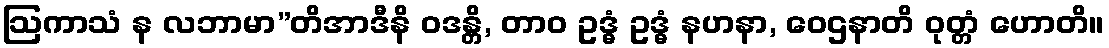
ဩကာသံ န လဘာမာ”တိအာဒီနိ ဝဒန္တိ, တာဝ ဥဒ္ဓံ ဥဒ္ဓံ နဟနာ, ဝေဌနာတိ ဝုတ္တံ ဟောတိ။